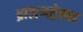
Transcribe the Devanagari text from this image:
ब्राह्मणद्वेष्ट्या